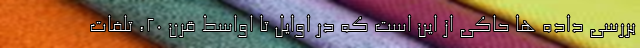
بررسی داده ها حاکی از این است که در اوایل تا اواسط قرن ۲۰، تلفات